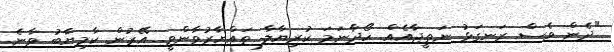
"ދެން ވެސް ރަނގަޅު ނަތީޖާއެއް ހޯދާނަމަ ކުރިޔާލާ ތައްޔާރުވާންވީ. އޭރުން ކާމިޔާބު ވާނެ.